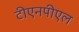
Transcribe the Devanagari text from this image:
टीएनपीएल